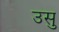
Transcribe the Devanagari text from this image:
उसु